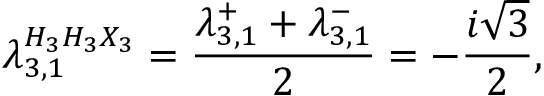
\lambda _ { 3 , 1 } ^ { H _ { 3 } H _ { 3 } X _ { 3 } } = \frac { \lambda _ { 3 , 1 } ^ { + } + \lambda _ { 3 , 1 } ^ { - } } { 2 } = - \frac { i \sqrt { 3 } } { 2 } ,